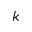
\boldsymbol { k }